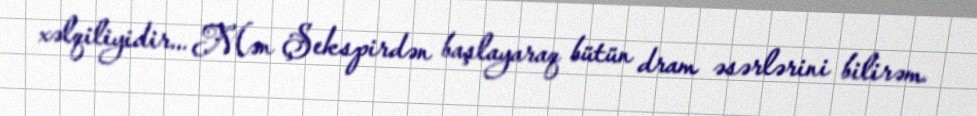
xəlqiliyidir... Mən Şekspirdən başlayaraq bütün dram əsərlərini bilirəm.